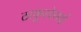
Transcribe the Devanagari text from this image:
ठाकुरदेसाई